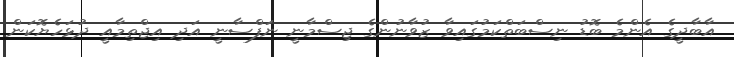
އާބާދީގެ އެންމެ ބޮޑު ނިސްބަތްކަމުގައިވާ ޒުވާނުންގެ ޖިސްމާނީ ނަފްސާނީ އަދި އިޖްތިމާއީ ދުޅަހެޔޮކަން